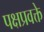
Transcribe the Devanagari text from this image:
पक्षप्रवक्ते